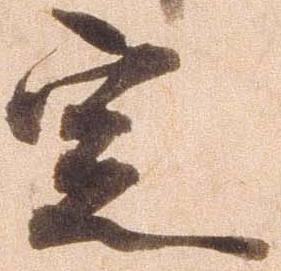
定